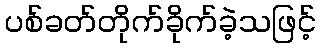
ပစ်ခတ်တိုက်ခိုက်ခဲ့သဖြင့်